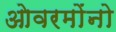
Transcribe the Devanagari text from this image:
ओवरमोंनो